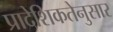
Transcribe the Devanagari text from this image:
प्रादेशिकतेनुसार